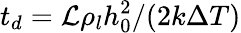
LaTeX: t_{d}={{\cal L}\rho_{l}h_{0}^{2}}/({2k\Delta T})